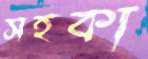
সহকা